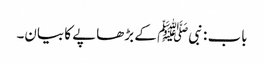
باب : نبیﷺ کے بڑھاپے کا بیان۔